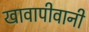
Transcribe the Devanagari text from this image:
खावापीवानी